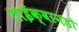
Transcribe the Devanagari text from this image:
ताईक्वानडो